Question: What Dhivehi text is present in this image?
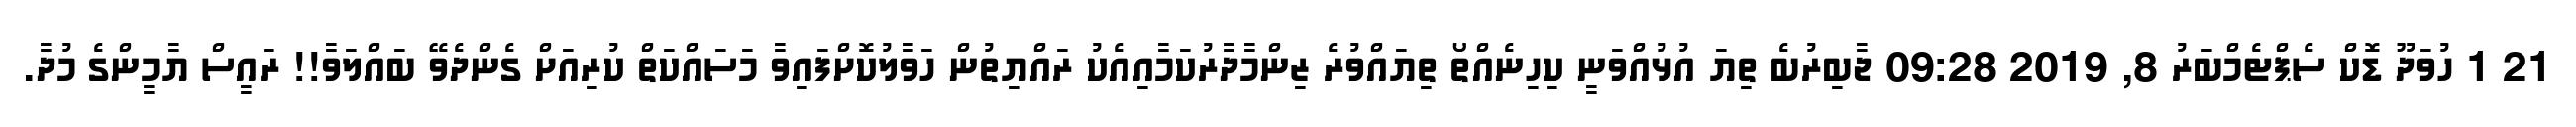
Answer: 21 1 ހުވަދޫ ޑޮކް ސެޕްޓެމްބަރު 8, 2019 09:28 ޖާބިރުބެ ތިޔަ އުޅުއްވަނީ ކިހިނެއްތޯ ތިޔައްވުރެ ޒިންމާދާރުކަމާއިއެކު ރައްޔިތުން ހަވާލުކޮށްފައިވާ މަސައްކަތް ކުރިއަށް ގެންދެވޭ ބައްލަވާ!! ރައީސް ޔާމީންގެ މުދާ.